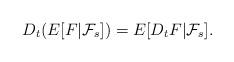
LaTeX: \begin{align*}D_{t}(E[F|\mathcal{F}_{s}])=E[D_{t}F|\mathcal{F}_{s}].\end{align*}